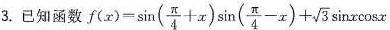
3.已知函数$$ f ( x ) = \sin ( \frac { \pi } { 4 } + x ) \sin ( \frac { \pi } { 4 } - x ) +